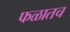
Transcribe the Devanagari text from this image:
फळातच